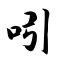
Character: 吲